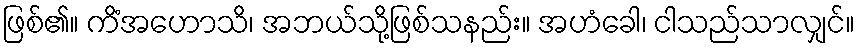
ဖြစ်၏။ ကိံအဟောသိ၊ အဘယ်သို့ဖြစ်သနည်း။ အဟံခေါ၊ ငါသည်သာလျှင်။